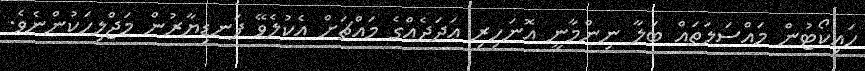
ހައިކޯޓުން މައްސަލަތައް ބަލާ ނިންމާނީ އޮނަހިރި ޢަދަދެއްގެ މައްޗަށް އެކުލެވޭ ފަނޑިޔާރުން މަޖްލިހަކުންނެވެ.